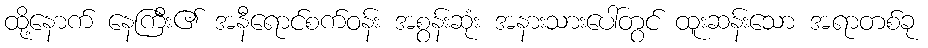
ထို့နောက် နေကြီး၏ အနီရောင်စက်ဝန်း အစွန်းဆုံး အနားသားပေါ်တွင် ထူးဆန်းသော အရာတစ်ခု